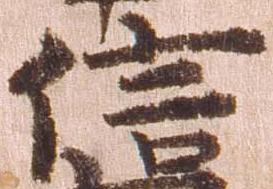
信